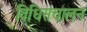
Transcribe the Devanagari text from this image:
विधिसंचालन